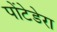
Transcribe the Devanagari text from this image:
पोंटेडेरा